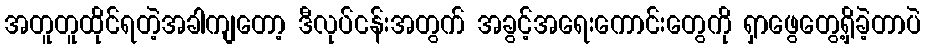
အတူတူထိုင်ရတဲ့အခါကျတော့ ဒီလုပ်ငန်းအတွက် အခွင့်အရေးကောင်းတွေကို ရှာဖွေတွေ့ရှိခဲ့တာပဲ